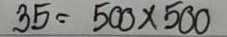
35 = 500 x 500